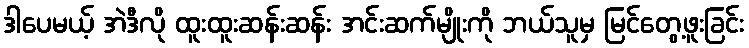
ဒါပေမယ့် အဲဒီလို ထူးထူးဆန်းဆန်း အင်းဆက်မျိုးကို ဘယ်သူမှ မြင်တွေ့ဖူးခြင်း